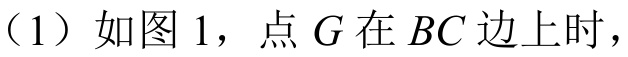
（1）如图 1，点\(G\)在\(BC\)边上时，